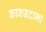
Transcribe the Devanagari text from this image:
काकडदाभा